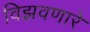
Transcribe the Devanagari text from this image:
विझवणारे